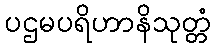
ပဌမပရိဟာနိသုတ္တံ